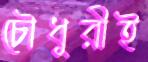
চৌধুরীই